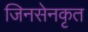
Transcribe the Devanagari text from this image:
जिनसेनकृत